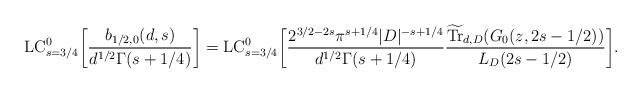
LaTeX: \begin{align*}\mathrm{LC}_{s=3/4}^0 \bigg[\frac{b_{1/2,0}(d,s)}{d^{1/2} \Gamma(s+1/4)}\bigg] &= \mathrm{LC}_{s=3/4}^0 \bigg[ \frac{2^{3/2-2s} \pi^{s+1/4} |D|^{-s+1/4}}{d^{1/2} \Gamma(s+1/4)} \frac{\widetilde{\mathrm{Tr}}_{d,D}(G_0(z,2s-1/2))}{L_D(2s-1/2)} \bigg].\end{align*}